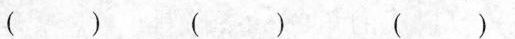
() () ()